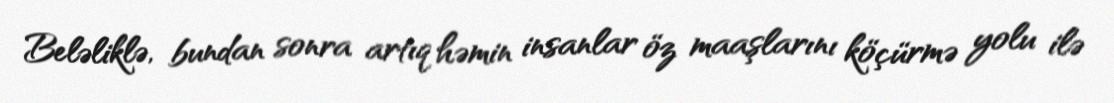
Beləliklə, bundan sonra artıq həmin insanlar öz maaşlarını köçürmə yolu ilə